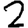
Digit: 2